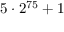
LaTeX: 5 \cdot 2 ^ { 7 5 } + 1